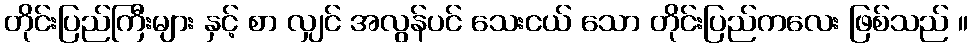
တိုင်းပြည်ကြီးများ နှင့် စာ လျှင် အလွန်ပင် သေးငယ် သော တိုင်းပြည်ကလေး ဖြစ်သည် ။